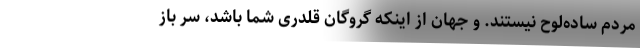
مردم ساده‌لوح نیستند. و جهان از اینکه گروگان قلدری شما باشد، سر باز